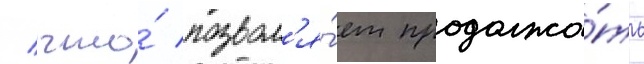
/ что́ позвол'я́ет продолжа́ть